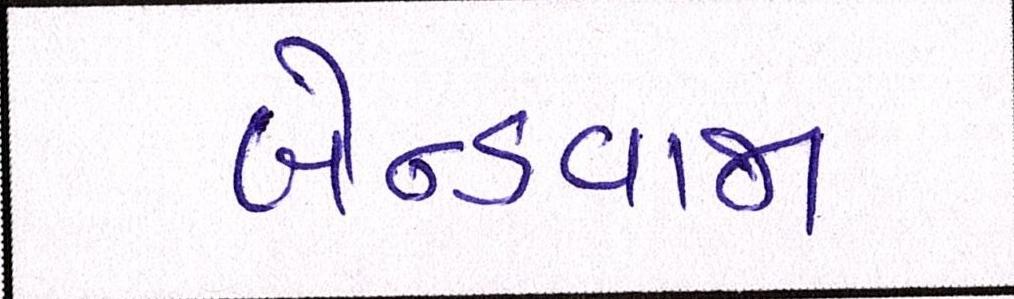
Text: બેન્ડવાજા